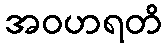
အဝဟရတိ